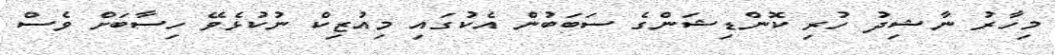
މިހާރު ނާޝިދު ހުރި ކޮންޑިޝަންގެ ސަބަބުން އެކުގައި މިއުޒިކް ނުކުޅެވޭ ހިސާބަށް ވެސް